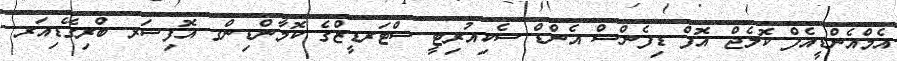
އެމްއެންޑީއެފް ކޮލެޖް އޮފް ޑިފެންސް އެންޑް ސެކިއުރިޓީ ސްޓަރޑީޒްގެ ކޮމާންޑިންގ އޮފިސަރ ބްރިގޭޑިއަރ